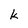
Character: k